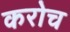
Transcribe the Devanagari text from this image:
करोच